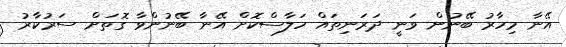
އޭނާ މިހާރު ބޭނުން ވަނީ ދަރަނިތައް ހަލާސްކޮށް އޭނާ ބޭނުންވާ ގޮތަށް ސަރުކާރު